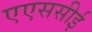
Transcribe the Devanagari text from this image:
एएससीई